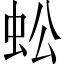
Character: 蚣